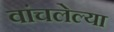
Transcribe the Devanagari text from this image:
वांचलेल्या